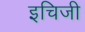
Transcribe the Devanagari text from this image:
इचिजी